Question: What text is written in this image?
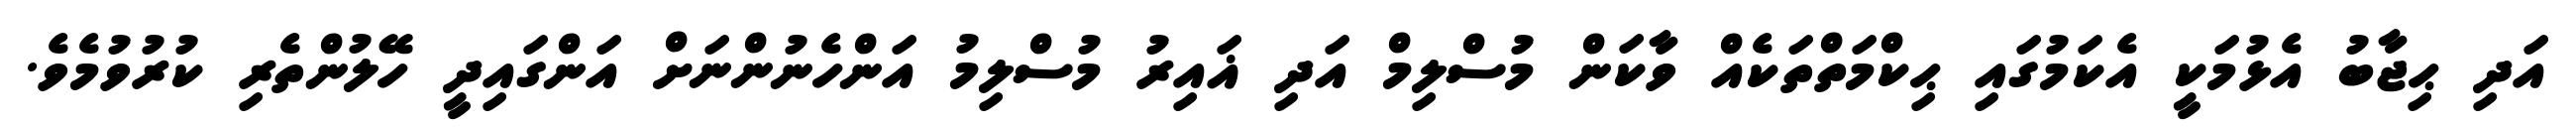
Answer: އަދި ޙިޖާބު އެޅުމަކީ އެކަމުގައި ޙިކްމަތްތަކެއް ވާކަން މުސްލިމް އަދި ޣައިރު މުސްލިމު އަންހެނުންނަށް އަންގައިދީ ހޭލުންތެރި ކުރުވުމެވެ.